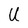
Character: U